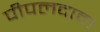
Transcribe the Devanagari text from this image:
पीपलदादा